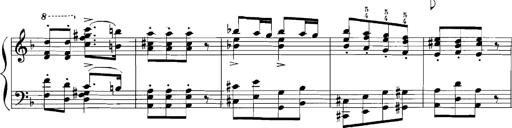
Title: Rhapsodies hongroises
Composer: Franz Liszt